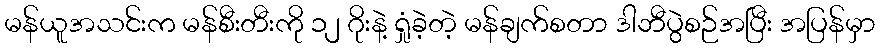
မန်ယူအသင်းက မန်စီးတီးကို ၁၂ ဂိုးနဲ့ ရှုံခဲ့တဲ့ မန်ချက်စတာ ဒါဘီပွဲစဉ်အပြီး အပြန်မှာ